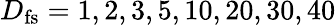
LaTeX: D_{\mathrm{fs}}=1,2,3,5,10,20,30,40